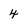
Character: 4